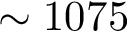
\sim 1 0 7 5